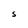
Character: S